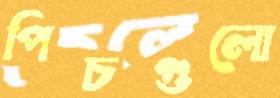
পিচগুলো